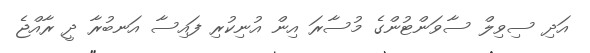
އަދި ސިވިލް ސާވަންޓުންގެ މުސާރަ އިން އުނިކުރި ފައިސާ އަނބުރާ ދީ ރާއްޖެ